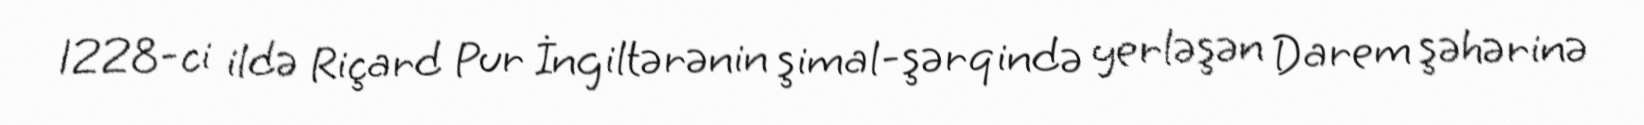
1228-ci ildə Riçard Pur İngiltərənin şimal-şərqində yerləşən Darem şəhərinə